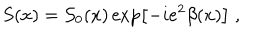
S ( x ) = { \cal S } _ { 0 } ( x ) \exp \left[ - i e ^ { 2 } \beta ( x ) \right] \; ,